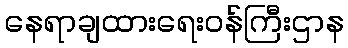
နေရာချထားရေးဝန်ကြီးဌာန